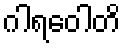
ဂါရဝေါတိ